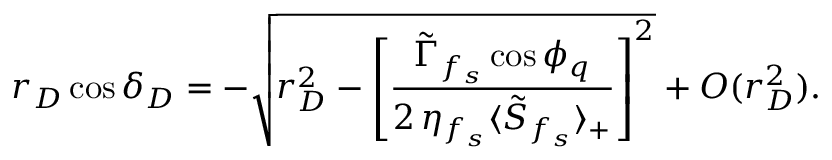
r _ { D } \cos \delta _ { D } = - \sqrt { r _ { D } ^ { 2 } - \left[ \frac { \tilde { \Gamma } _ { f _ { s } } \cos \phi _ { q } } { 2 \, \eta _ { f _ { s } } \langle \tilde { S } _ { f _ { s } } \rangle _ { + } } \right] ^ { 2 } } + { \cal O } ( r _ { D } ^ { 2 } ) .